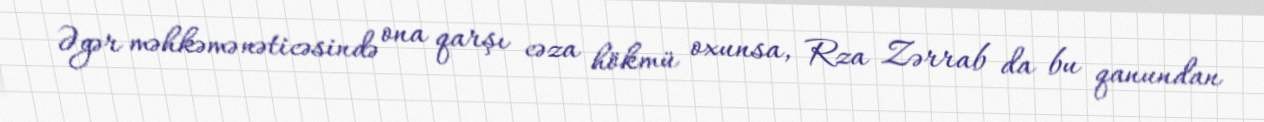
Əgər məhkəmə nəticəsində ona qarşı cəza hökmü oxunsa, Rza Zərrab da bu qanundan